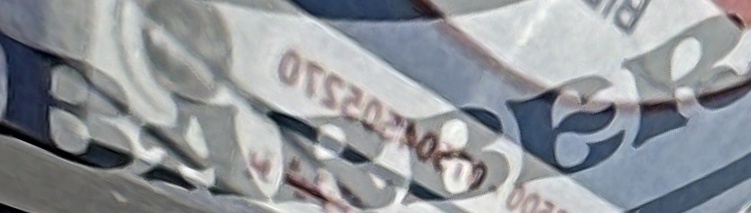
BARBER